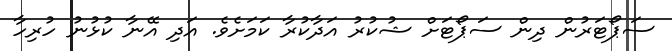
ސަޕޯޓަރުން ދިން ސަޕޯޓަށް ޝުކުރު އަދާކުރާ ކަމަށެވެ. އަދި އޭނާ ކުޅުނު ހުރިހާ